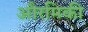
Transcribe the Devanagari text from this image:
औरमिकी